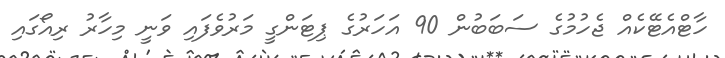
ހާޓްއެޓޭކެއް ޖެހުމުގެ ސަބަބުން 90 އަހަރުގެ ޕިޓަންގީ މަރުވެފައި ވަނީ މިހާރު ރިއޯގައި